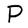
Character: P